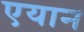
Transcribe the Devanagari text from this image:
एयान